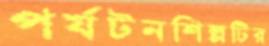
পর্যটনশিল্পটির